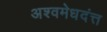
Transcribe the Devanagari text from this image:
अश्वमेधदंत्त